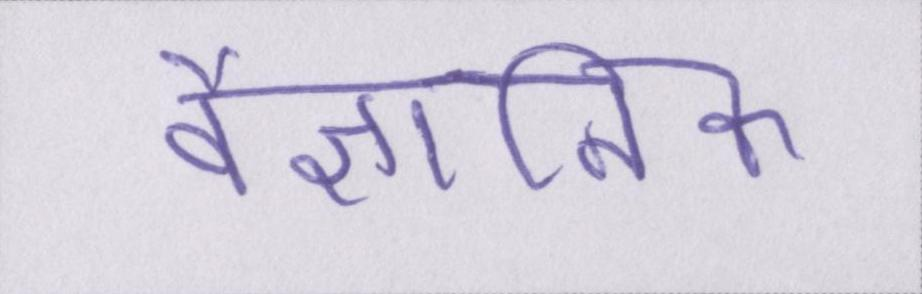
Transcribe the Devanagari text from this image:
वैज्ञानिक